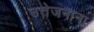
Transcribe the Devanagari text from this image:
उत्तेजनाना